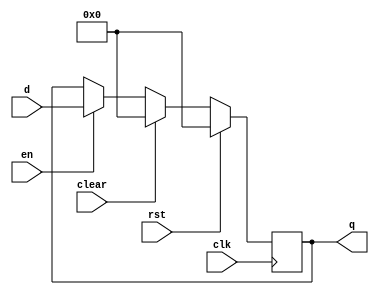
module flopenrc #(parameter WIDTH = 8)(
	input wire clk,rst,en,clear,
	input wire[WIDTH-1:0] d,
	output reg[WIDTH-1:0] q
    );
	always @(posedge clk) begin
		if(rst) begin
			q <= 0;
		end else if(clear) begin
			q <= 0;
		end else if(en) begin
			/* code */
			q <= d;
		end
	end
endmodule